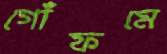
গোঁফমে